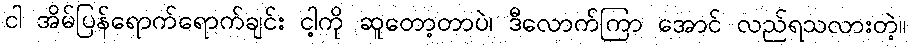
ငါ အိမ်ပြန်ရောက်ရောက်ချင်း ငါ့ကို ဆူတော့တာပဲ၊ ဒီလောက်ကြာ အောင် လည်ရသလားတဲ့။